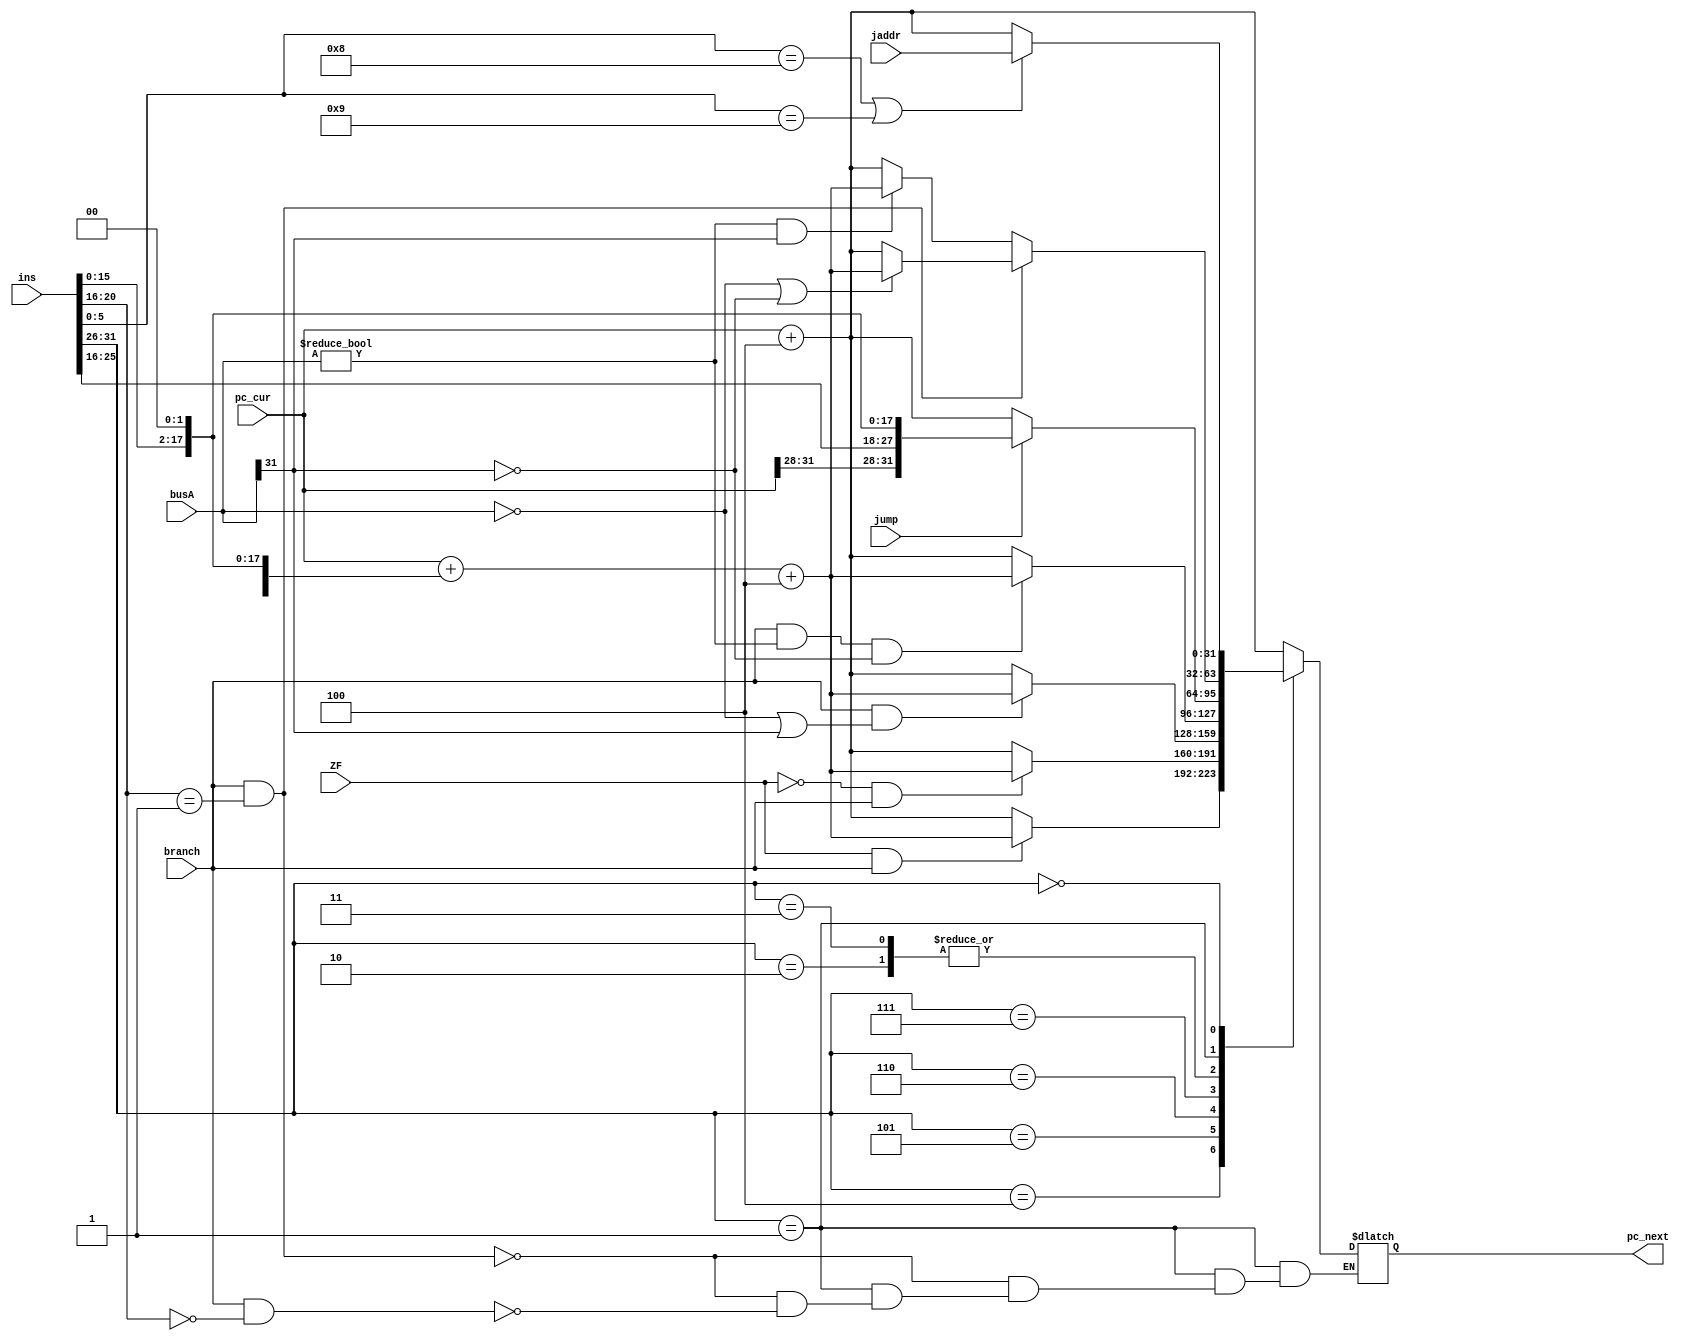
`timescale 1ns / 1ps
//////////////////////////////////////////////////////////////////////////////////
// Company: 
// Engineer: 
// 
// Design Name: 
// Module Name: npc
// Project Name: 
// Target Devices: 
// Tool Versions: 
// Description: 
// 
// Dependencies: 
// 
// Revision:
// Revision 0.01 - File Created
// Additional Comments:
// 
//////////////////////////////////////////////////////////////////////////////////


module npc(
    input [31:0]         pc_cur,
    input [31:0]         ins,
    input [31:0]         busA,
    input [31:0]         jaddr,
    input                branch, jump,
    input                ZF,
    output reg[31:0]    pc_next
    );
    
    wire [5:0]op, func;
    wire [4:0]rt;
    wire [15:0]imm16;
    wire [25:0]target;
    wire [29:0]temp;
    wire [31:0]b_npc, n_npc, j_npc;//branch npc, normal npc, jump npc
    
    assign op = ins[31:26];
    assign func = ins[5:0];
    assign rt = ins[20:16];
    assign imm16 = ins[15:0];
    assign target = ins[25:0];
    
    /*ext #(16) signExt(
                      .extOp(1),
                      .din(imm16),
                      .dout(temp)
    );*/
    assign temp = {{14{imm16[15]}}, imm16};
    assign b_npc = pc_cur + {temp, 2'b00} + 4;//x4
    assign n_npc = pc_cur + 4;
    assign j_npc = {pc_cur[31:28], target, 2'b0};
    
    always@(*) 
        begin 
            case (op) 
                6'b000100 : pc_next = (ZF && branch)? b_npc : n_npc;//BEQ  =
                6'b000101 : pc_next = (!ZF && branch)? b_npc : n_npc;//BNE !=
                6'b000110 : pc_next = (branch && (busA==0 || busA[31]==1))? b_npc : n_npc;//BLEZ <=
                6'b000111 : pc_next = (branch && busA!=0 && busA[31]==0)? b_npc : n_npc;//BGTZ >
                6'b000010 : pc_next = (jump)? j_npc : n_npc;//J 
                6'b000011 : pc_next = (jump)? j_npc : n_npc;// JAL 
                6'b000001: //BGEZ BLTZ  >=  <
                    begin  
                        if(branch && rt==1)//BGEZ
                            pc_next = (busA==0 || busA[31]==0)? b_npc : n_npc;
                        else if(branch && rt==0)//BLTZ
                            pc_next = (busA!=0 && busA[31]==1)? b_npc : n_npc;
                    end
                6'b000000: pc_next = (func == 6'b001000 || func == 6'b001001)? jaddr : n_npc; //JR JALR
                default: pc_next = n_npc;
            endcase
        end
    
endmodule